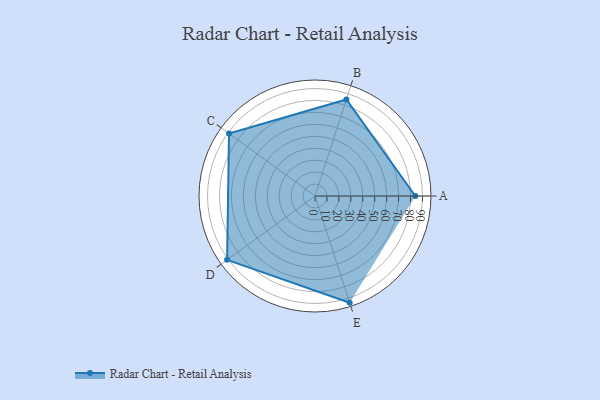
{"axis": {"x": "Skill", "y": "Score"}, "legend": ["Profile"], "data": [{"x": "A", "y": 84.0, "type": "Profile"}, {"x": "B", "y": 85.0, "type": "Profile"}, {"x": "C", "y": 89.0, "type": "Profile"}, {"x": "D", "y": 91.0, "type": "Profile"}, {"x": "E", "y": 94.0, "type": "Profile"}]}